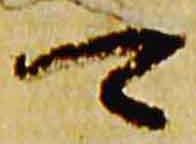
可